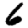
Digit: 6